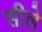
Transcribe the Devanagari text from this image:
सीले